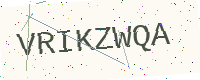
Text: VRIKZWQA